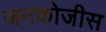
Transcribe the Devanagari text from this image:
जनकोजीस